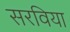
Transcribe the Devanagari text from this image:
सरविया